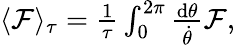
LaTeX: \begin{array}{r}{\langle\mathcal{F}\rangle_{\tau}=\frac{1}{\tau}\int_{0}^{2\pi}\frac{\mathrm{d}\theta}{\dot{\theta}}\mathcal{F},}\end{array}